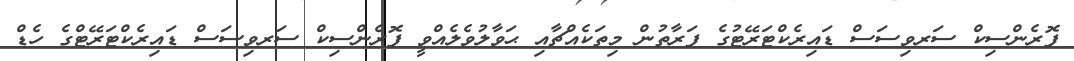
ފޮރެންސިކް ސަރވިސަސް ޑައިރެކްޓަރޭޓުގެ ފަރާތުން މިތަކެއްޗާއި ޙަވާލުވެލެއްވީ ފޮރެންސިކް ސަރވިސަސް ޑައިރެކްޓަރޭޓްގެ ހެޑް